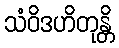
သံဝိဒဟိတုန္တိ